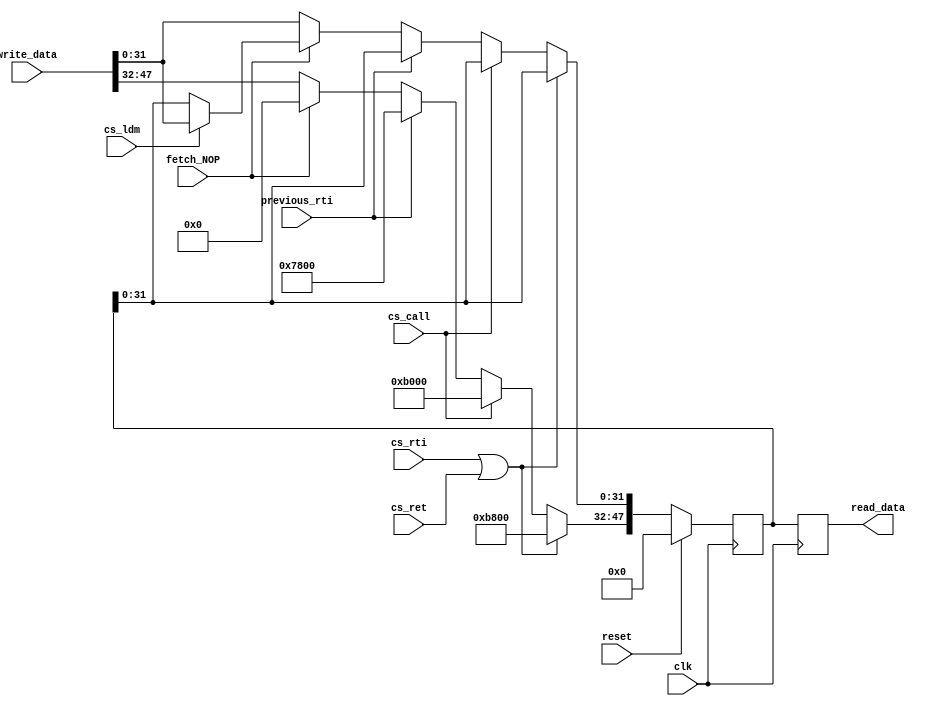


//assume read at posedge and write at negative edge
module fetch_buffer #(parameter Width=48)
(read_data, write_data,clk,cs_call,cs_ret,cs_rti,fetch_NOP,previous_rti,cs_ldm,reset);

input clk,reset;
input [Width-1:0] write_data;
output reg [Width-1:0]read_data;

input cs_call,cs_ret,fetch_NOP,previous_rti,cs_ldm;
input cs_rti;
reg [15:0] puch_pc_high = 16'b1_0110_0000_0000_000 
,pop_pc_low  = 16'b1_0111_0000_0000_000 
,pop_flags = 16'b0_1111_0000_0000_000; //,puch_flags,pop_flags,puch_pc_low=0 ,pop_pc_high;


reg [Width-1:0]reg_internal; 

always @(posedge clk) begin
			read_data=reg_internal;	
end


always @(negedge clk) begin
		if(reset)
		begin
			reg_internal = 'b0;
		end
		else if(cs_rti || cs_ret)//then overwrite the fetched instruction to be special inst call pop pc_low
						//NOTE: in the control unit , both instructions should be translated to : pop pc_high 
						//NOTE: to :pop pc_H before pop pc_L
						//NOTE:till now , we will treat ret as rti in the fetch buffer
		begin
			reg_internal[Width-1:Width-16] = pop_pc_low;
		end
		else if(cs_call)//then overwrite the fetched instruction to be special inst call push pc_high
						//NOTE: in the control unit , call instruction should be translated to : puch pc_low
		begin
			reg_internal[Width-1:Width-16] = puch_pc_high;
			//NOTE:
			//for the least 32bit -of the PC- , do not write the "write data" that coming outside as we want the previous pc_add1
		end
		else if(previous_rti)
		begin
			reg_internal[Width-1:Width-16] = pop_flags;
		end
		else if(fetch_NOP )
		begin
			reg_internal[Width-1:Width-16] = 16'b0;
			if(cs_ldm)
			begin
				reg_internal[Width-17:Width-48] = write_data[Width-17:Width-48];
			end
			//?what if : we want to pass in_port_value?
		end
		else 
		begin
			reg_internal = write_data;
		end						
end
endmodule